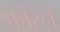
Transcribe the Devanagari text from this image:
कोरने